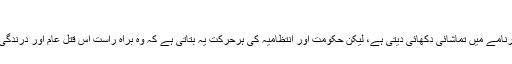
برماکے مظلوم مسلمان
میانمار کی فوجی حکومت بظاہر اس منظرنامے میں تماشائی دکھائی دیتی ہے، لیکن حکومت اور انتظامیہ کی ہرحرکت یہ بتاتی ہے کہ وہ براہِ راست اس قتل عام اور درندگی کے کھیل میں برابر کی شریکِ کار ہے۔